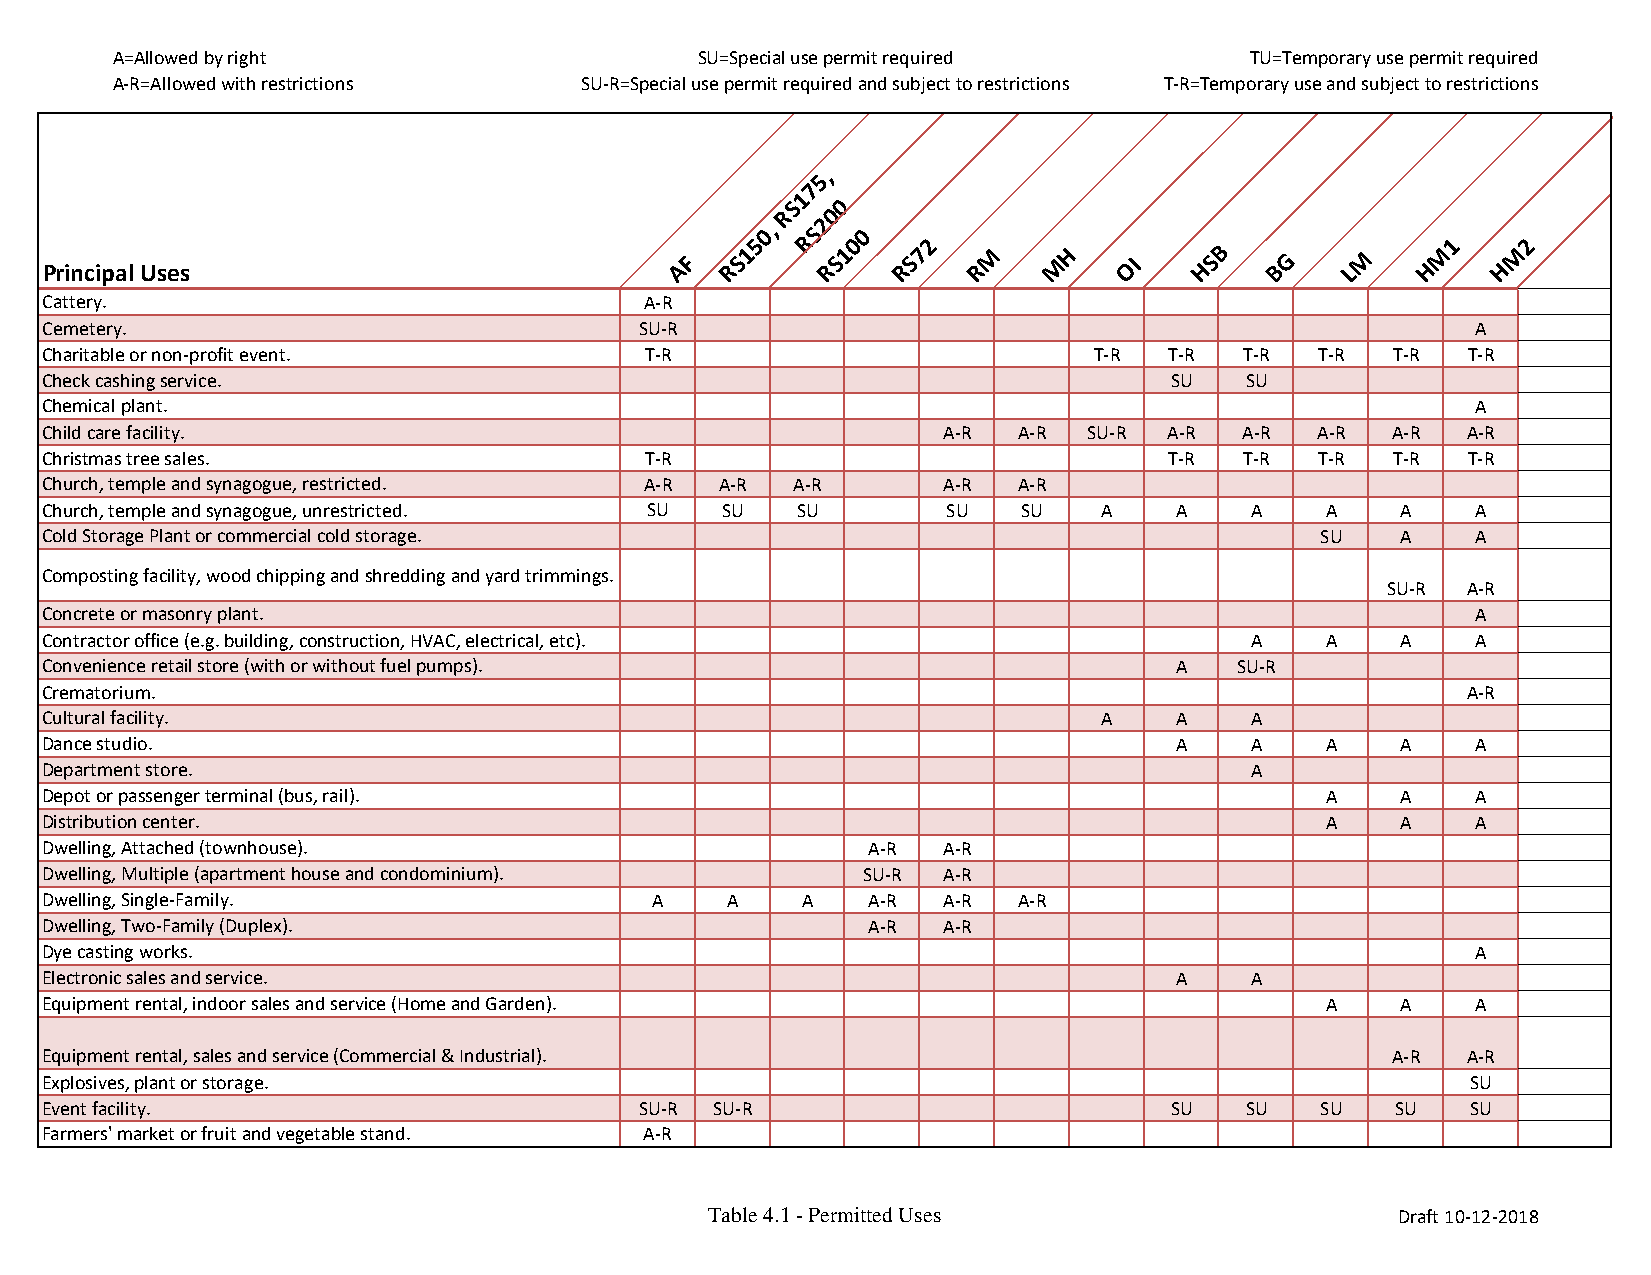
A=Allowed by right                     SU=Special use permit required       TU=Temporary use permit required
 A-R=Allowed with restrictions  SU-R=Special use permit required and subject to restrictions T-R=Temporary use and subject to restrictions
 5,
 7
 1
 S  0
 R  0
 50,
 RS2
 00
 2                                  1    2
 Principal Uses                            AF RS1   RS1  RS7  R M   M H OI   HSB  BG   LM   H M  H M
 Cattery.                                A-R
 Cemetery.                              SU-R                                                    A
 Charitable or non-profit event.         T-R                          T-R  T-R  T-R  T-R  T-R  T-R
 Check cashing service.                                                    SU   SU
 Chemical plant.                                                                                A
 Child care facility.                                       A-R  A-R  SU-R A-R  A-R  A-R  A-R  A-R
 Christmas tree sales.                   T-R                               T-R  T-R  T-R  T-R  T-R
 Church, temple and synagogue, restricted. A-R A-R A-R      A-R  A-R
 Church, temple and synagogue, unrestricted. SU SU SU        SU   SU   A    A    A    A    A    A
 Cold Storage Plant or commercial cold storage.                                      SU    A    A
 Composting facility, wood chipping and shredding and yard trimmings.
 SU-R A-R
 Concrete or masonry plant.                                                                     A
 Contractor office (e.g. building, construction, HVAC, electrical, etc).         A    A    A    A
 Convenience retail store (with or without fuel pumps).                     A   SU-R
 Crematorium.                                                                                  A-R
 Cultural facility.                                                    A    A    A
 Dance studio.                                                              A    A    A    A    A
 Department store.                                                               A
 Depot or passenger terminal (bus, rail).                                             A    A    A
 Distribution center.                                                                 A    A    A
 Dwelling, Attached (townhouse).                       A-R  A-R
 Dwelling, Multiple (apartment house and condominium). SU-R A-R
 Dwelling, Single-Family.                A    A    A   A-R  A-R  A-R
 Dwelling, Two-Family (Duplex).                        A-R  A-R
 Dye casting works.                                                                             A
 Electronic sales and service.                                              A    A
 Equipment rental, indoor sales and service (Home and Garden).                        A    A    A
 Equipment rental, sales and service (Commercial & Industrial).                           A-R  A-R
 Explosives, plant or storage.                                                                 SU
 Event facility.                        SU-R SU-R                          SU   SU   SU   SU   SU
 Farmers' market or fruit and vegetable stand. A-R
 Table 4.1 - Permitted Uses                    Draft 10-12-2018